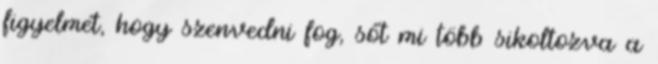
figyelmét, hogy szenvedni fog, sőt mi több sikoltozva a